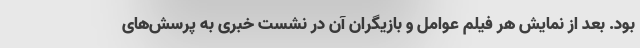
بود. بعد از نمایش هر فیلم عوامل و بازیگران آن در نشست خبری به پرسش‌های